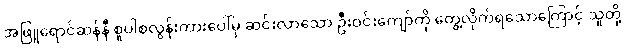
အဖြူရောင်ဆန်နီ စူပါစလွန်းကားပေါ်မှ ဆင်းလာသော ဦးဝင်းကျော်ကို တွေ့လိုက်ရသောကြောင့် သူတို့